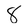
Character: 8